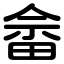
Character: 畲